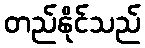
တည်နိုင်သည်